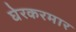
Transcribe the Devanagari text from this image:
घेरकरमार